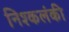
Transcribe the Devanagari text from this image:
निश्कलंकी